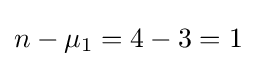
n-\mu _{1}=4-3=1